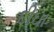
દીઘા